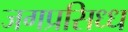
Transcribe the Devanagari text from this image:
जगप्रसिध्ध